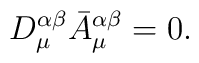
D_\mu^{\alpha\beta}\bar A_\mu^{\alpha\beta}=0,